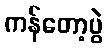
ကန်တော့ပွဲ